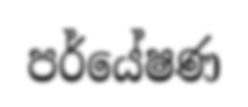
පර්යේෂණ